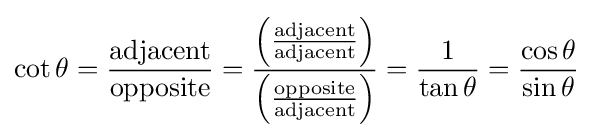
\cot \theta ={\frac {\mathrm {adjacent} }{\mathrm {opposite} }}={\frac {\left({\frac {\mathrm {adjacent} }{\mathrm {adjacent} }}\right)}{\left({\frac {\mathrm {opposite} }{\mathrm {adjacent} }}\right)}}={\frac {1}{\tan \theta }}={\frac {\cos \theta }{\sin \theta }}